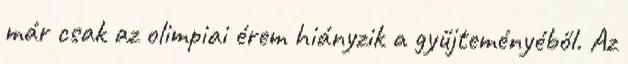
már csak az olimpiai érem hiányzik a gyűjteményéből. Az